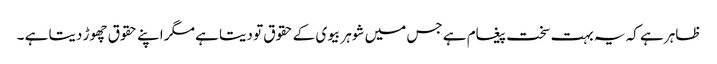
ظاہر ہے کہ یہ بہت سخت پیغام ہے جس میں شوہر بیوی کے حقوق تو دیتا ہے مگر اپنے حقوق چھوڑ دیتا ہے ۔